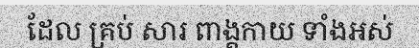
ដែល គ្រប់ សារ ពាង្គកាយ ទាំងអស់